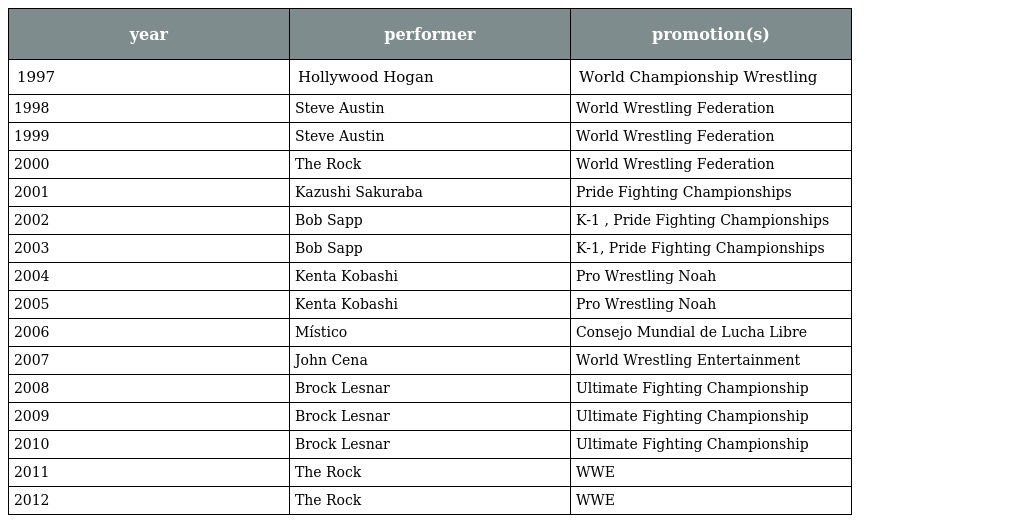
| year | performer | promotion(s) |
 | --- | --- | --- |
 | 1997 | Hollywood Hogan | World Championship Wrestling |
 | 1998 | Steve Austin | World Wrestling Federation |
 | 1999 | Steve Austin | World Wrestling Federation |
 | 2000 | The Rock | World Wrestling Federation |
 | 2001 | Kazushi Sakuraba | Pride Fighting Championships |
 | 2002 | Bob Sapp | K-1 , Pride Fighting Championships |
 | 2003 | Bob Sapp | K-1, Pride Fighting Championships |
 | 2004 | Kenta Kobashi | Pro Wrestling Noah |
 | 2005 | Kenta Kobashi | Pro Wrestling Noah |
 | 2006 | Místico | Consejo Mundial de Lucha Libre |
 | 2007 | John Cena | World Wrestling Entertainment |
 | 2008 | Brock Lesnar | Ultimate Fighting Championship |
 | 2009 | Brock Lesnar | Ultimate Fighting Championship |
 | 2010 | Brock Lesnar | Ultimate Fighting Championship |
 | 2011 | The Rock | WWE |
 | 2012 | The Rock | WWE |